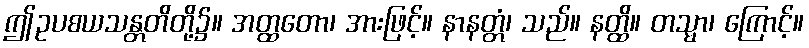
ဤဥပစယသန္တတိတို့၌။ အတ္ထတော၊ အားဖြင့်။ နာနတ္တံ၊ သည်။ နတ္ထိ။ တသ္မာ၊ ကြောင့်။